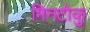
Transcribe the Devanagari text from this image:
मिनटोकु